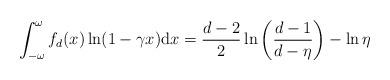
LaTeX: \begin{align*}\int_{-\omega}^{\omega}f_d(x)\ln (1-\gamma x)\mathrm{d}x=\frac{d-2}{2}\ln \left(\frac{d-1}{d-\eta}\right)-\ln \eta\end{align*}